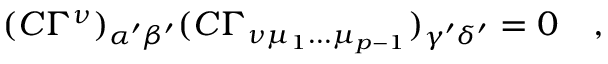
( C \Gamma ^ { \nu } ) _ { \alpha ^ { \prime } \beta ^ { \prime } } ( C \Gamma _ { \nu \mu _ { 1 } \dots \mu _ { p - 1 } } ) _ { \gamma ^ { \prime } \delta ^ { \prime } } = 0 \quad ,